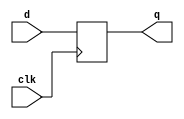
module DFF8 (
    input clk,
    input [7:0] d,
    output [7:0] q
);
    // 8-bit DFF
    always @(posedge clk) begin
        q <= d;
    end
endmodule